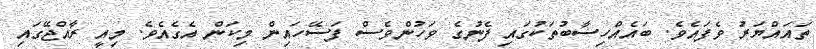
ތައައްޔަރު ވެފައެވެ. ބައެއްހިސާބުތަކުގައި ފެނުގެ ވަހުންވެސް ފަސޭހައިން މިކަން އެގެއެވެ. މިއީ ރާއްޖޭގައި